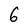
Character: 6